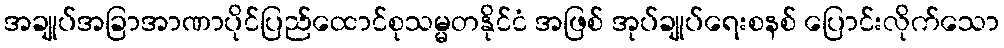
အချုပ်အခြာအာဏာပိုင်ပြည်ထောင်စုသမ္မတနိုင်ငံ အဖြစ် အုပ်ချုပ်ရေးစနစ် ပြောင်းလိုက်သော